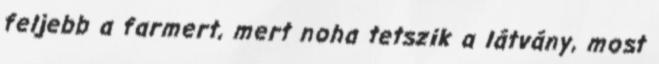
feljebb a farmert, mert noha tetszik a látvány, most